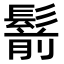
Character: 鬋